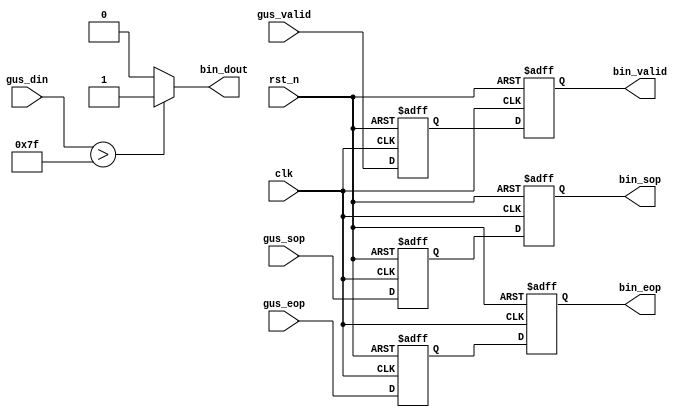
module bin( 
    input				clk,			//clk
    input				rst_n,		//reset 
    input		[7:0]	gus_din,		//8bits from gaussian filter
    input		      gus_valid,	//is the input valid?
	 input				gus_sop, // first input
	 input				gus_eop,// last input
    output	         bin_dout,	//binary output
    output	   reg   bin_valid,  	//is the output valid?
	 output		reg   bin_sop, // fist output
	 output		reg   bin_eop //last output
);		

parameter bin_threshold=7'd127;// the threshold 


reg dout_vld_ff0;
reg dout_sop_ff0;
reg dout_eop_ff0;
    //bin_dout:
assign bin_dout = (gus_din > bin_threshold)?1'b1:1'b0;


//dout_vld
always@(posedge clk or negedge rst_n)begin
	if(!rst_n)begin
		bin_valid<=0;
		dout_vld_ff0<=0;
	end
	else begin
		dout_vld_ff0<=gus_valid;
		bin_valid<=dout_vld_ff0;
	end
end

//dout_sop
always@(posedge clk or negedge rst_n)begin
	if(!rst_n)begin
		bin_sop<=0;
		dout_sop_ff0<=0;
	end
	else begin
		dout_sop_ff0<=gus_sop;
		bin_sop<=dout_sop_ff0;
	end
end

//dout_eop
always@(posedge clk or negedge rst_n)begin
	if(!rst_n)begin
		bin_eop<=0;
		dout_eop_ff0<=0;
	end
	else begin
		dout_eop_ff0<=gus_eop;
		bin_eop<=dout_eop_ff0;
	end
end
                        
endmodule